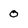
Character: o